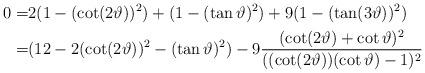
LaTeX: \begin{align*}0=&2(1-(\cot (2\vartheta) )^{2}) + (1-(\tan \vartheta )^{2}) +9(1-(\tan (3\vartheta) )^{2})\\=&(12- 2(\cot (2\vartheta) )^{2}- (\tan \vartheta )^{2}) -9 \frac{(\cot (2\vartheta) +\cot \vartheta )^{2}}{((\cot (2\vartheta) )(\cot \vartheta )-1)^{2}}\end{align*}